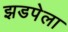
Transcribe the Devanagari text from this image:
झडपेला